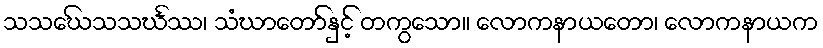
သသဃေ်သသင်္ဃဿ၊ သံဃာတော်နှင့် တကွသော။ လောကနာယတော၊ လောကနာယက